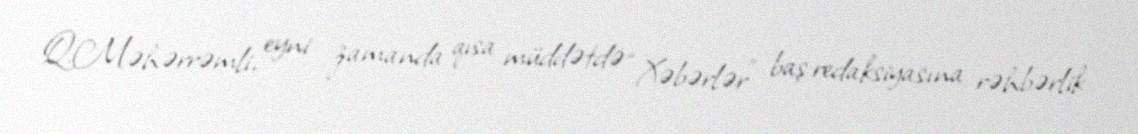
Q.Məhərrəmli, eyni zamanda qısa müddətdə “Xəbərlər” baş redaksiyasına rəhbərlik